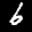
Label: 6